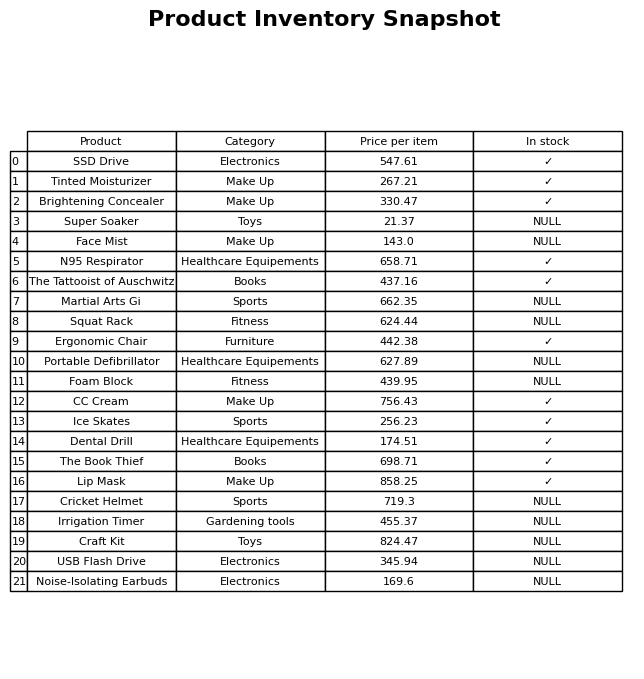
question: What is the price of the SSD Drive?
answer: The price of SSD Drive is 547.61.